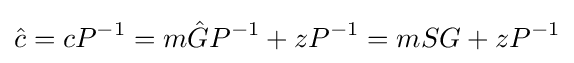
{\hat {c}}=cP^{-1}=m{\hat {G}}P^{-1}+zP^{-1}=mSG+zP^{-1}